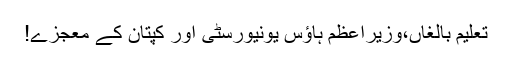
تعلیم بالغاں،وزیراعظم ہاؤس یونیورسٹی اور کپتان کے معجزے!